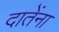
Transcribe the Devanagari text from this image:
दातेंना